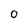
Character: 0